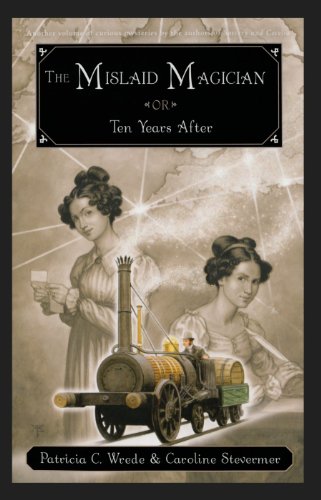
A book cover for The Mislaid Magician or Ten Years After: Being the Private Correspondence Between Two Prominent FamiliesRegarding a Scandal Touching the Highest Levels of Government and theSecurity of the Realm; Patricia C. Wrede; Teen & Young Adult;